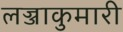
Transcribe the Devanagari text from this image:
लज्जाकुमारी